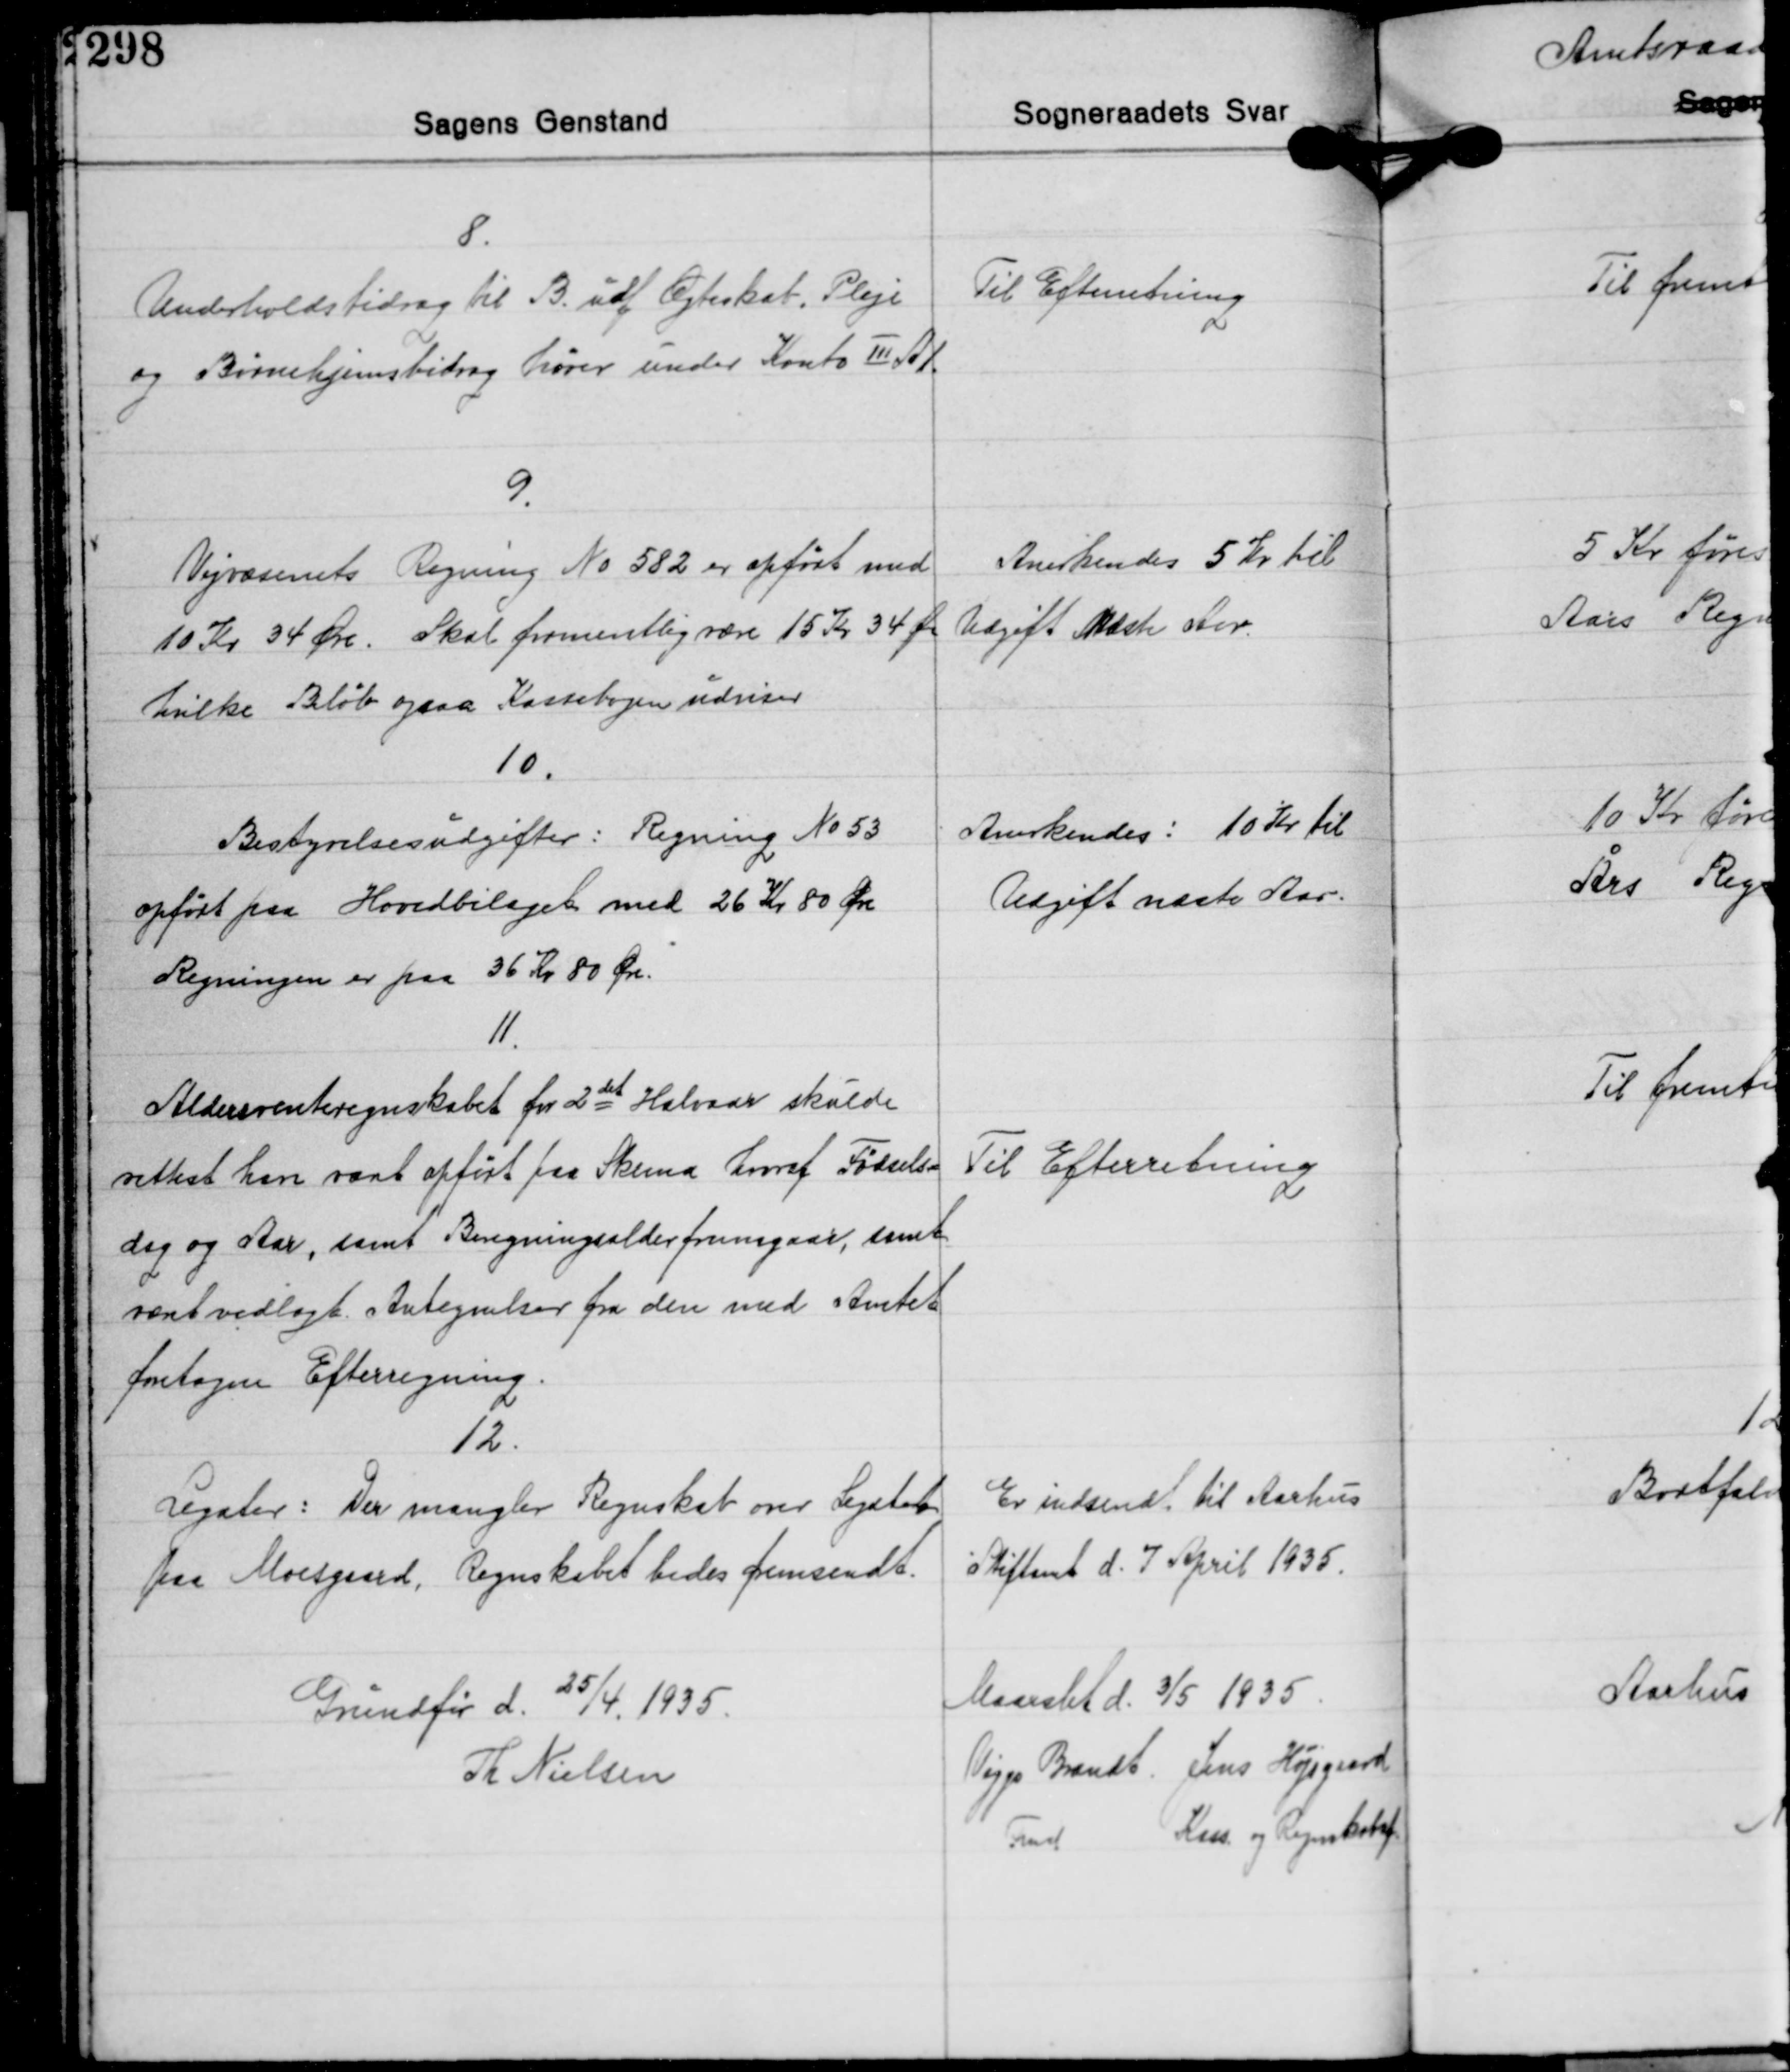
Transskription:
8.
Underholdsbidrag til B. udf. Ægteskab, Pleje
og Børnehjemsbidrag hører under Konto III A1.

Til Efterretning

9.
Vejvæsenets Regning No 582 er opført med
10 Kr. 34 Øre. Skal formentlig være 15 Kr. 34 Øre
hvilke Beløb ogsaa Kassebogen udviser

Anerkendes 5 Kr. til
Udgift Næste Aar.

10.
Bestyrelsesudgifter: Regning No 53
opført paa Hovedbilaget med 26 Kr 80 Øre
Regningen er paa 36 Kr 80 Øre.

Anerkendes: 10 Kr til
Udgift næste Aar.

11.
Aldersrenteregnskabet for 2det Halvaar skulde
rettest have været opført paa Skema hvoraf Fødsels-
dag og Aar, samt Beregningsalder fremgaar, samt
været vedlagt Antegnelser fra den med Amtet
Foretagne Efterregning.

Til Efterretning

12.
Legater: Der mangler Regnskab over Legat
paa Moesgaard, Regnskabet bedes femsendt.

Er indsendt til Aarhus
Stiftamt d. 7 April 1935.

Grundfør d. 25/4. 1935.
Th. Nielsen

Maarslet d. 3/5 1935.
Viggo Brandt Jens Højsgaard
Fmd. Kass. og Regnskabsf.